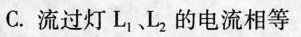
C.流过灯L_{1}、L_{2}的电流相等